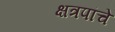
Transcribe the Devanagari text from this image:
क्षत्रपांचे